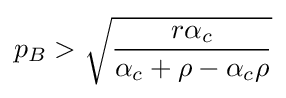
p_{B}>{\sqrt {\frac {r\alpha _{c}}{\alpha _{c}+\rho -\alpha _{c}\rho }}}